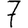
Digit: 7